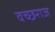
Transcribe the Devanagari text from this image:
वच्छराज